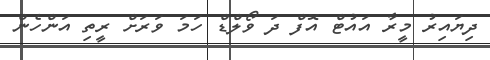
ދިޔައިރު މީރާ އައުޓް އޮފް ދަ ވޯލްޑް ހަމަ ވަރަށް ރީތި އަންހެން